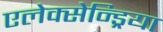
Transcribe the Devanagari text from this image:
एलेक्सेन्ड्रिया